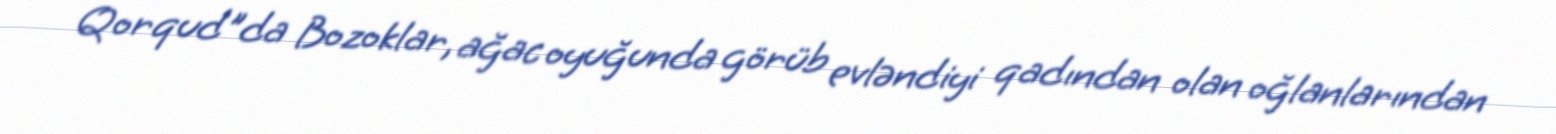
Qorqud"da Bozoklar, ağac oyuğunda görüb evləndiyi qadından olan oğlanlarından